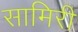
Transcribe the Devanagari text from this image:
सामिरी